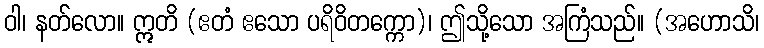
ဝါ၊ နတ်လော။ ဣတိ (ဧတံ ဧသော ပရိဝိတက္ကော)၊ ဤသို့သော အကြံသည်။ (အဟောသိ၊